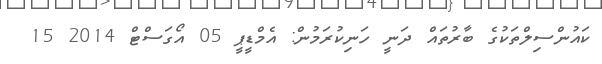
ކައުންސިލްތަކުގެ ބާރުތައް ދަނީ ހަނިކުރަމުން: އެމްޑީޕީ 05 އޯގަސްޓް 2014 15